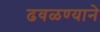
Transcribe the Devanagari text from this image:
ढवळण्याने